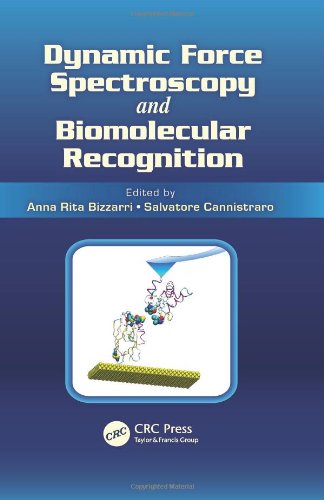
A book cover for Dynamic Force Spectroscopy and Biomolecular Recognition; Science & Math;